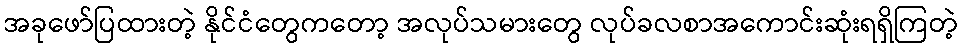
အခုဖော်ပြထားတဲ့ နိုင်ငံတွေကတော့ အလုပ်သမားတွေ လုပ်ခလစာအကောင်းဆုံးရရှိကြတဲ့